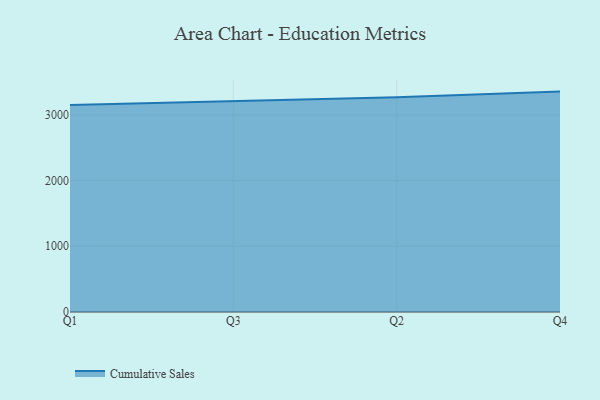
{"axis": {"x": "Quarter", "y": "Gross Profit (USD K)"}, "legend": ["Cumulative Sales"], "data": [{"x": "Q1", "y": 3149.7, "type": "Cumulative Sales"}, {"x": "Q3", "y": 3204.4, "type": "Cumulative Sales"}, {"x": "Q2", "y": 3268.1, "type": "Cumulative Sales"}, {"x": "Q4", "y": 3354.1, "type": "Cumulative Sales"}]}